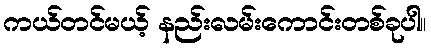
ကယ်တင်မယ့် နည်းလမ်းကောင်းတစ်ခုပါ။